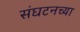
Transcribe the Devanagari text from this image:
संघटनच्या